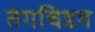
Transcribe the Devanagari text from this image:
तंगचिडम